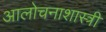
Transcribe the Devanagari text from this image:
आलोचनाशास्त्री